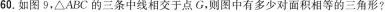
60.如图9，\triangle ABC的三条中线相交于点G,则图中有多少对面积相等的三角形?